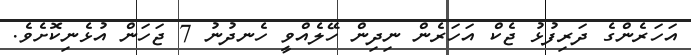
އަހަރެންގެ ދަރިފުޅު ޖެކް އަހަރެން ނިދިން ހޭލެއްވީ ހެނދުނު 7 ޖަހަން އުޅެނިކޮށެވެ.